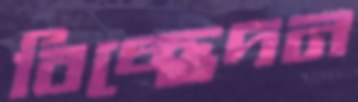
বিচ্ছেদন